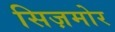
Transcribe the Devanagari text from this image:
सिज़मोर